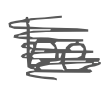
Text: be
Cross-out: scratch
Writing tool: digital_gray